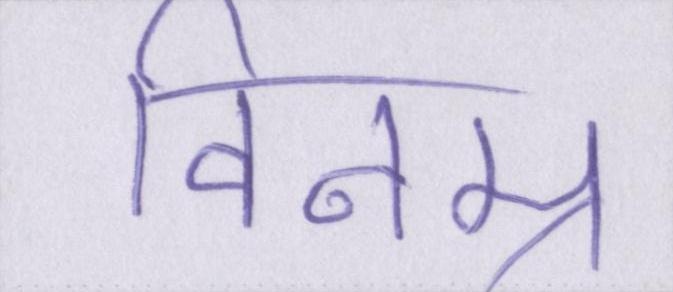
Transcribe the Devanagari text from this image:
विनम्र